Lunatic asylums Bombay report 1878-1890 - 1878-1890
Year: 1878
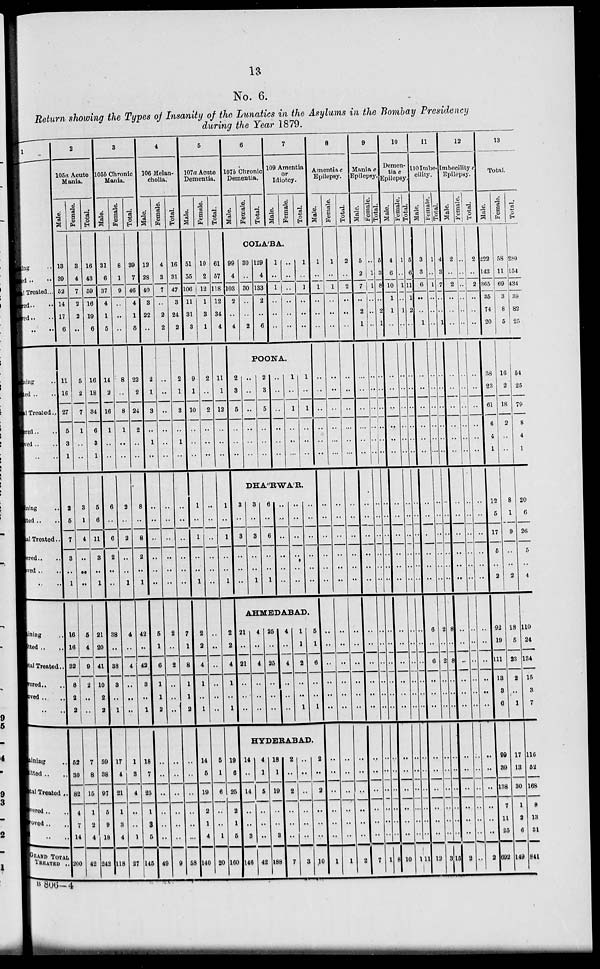
13
No. 6.
Return showing the Types of Insanity of the Lunatics in the Asylums in the Bombay Presidency
during the Year 1879.
1
ing ..
ed .. ..
Treated...
ed ..
..
ed .. ..
.. ..
ing ..
ed .. ..
Treated..
red .. ..
red .. ..
.. ..
ning ..
ted .. ..
al Treated..
ered.. ..
ved .. ..
.. ..
ining ..
Itted ..
tal Treated..
ered.. ..
ved .. ..
.. ..
ining ..
itted .. ..
tal Treated ..
vered .. ..
oved.. ..
.. ..
GRAND TOTAL
TREATED ..
2
105a Acute
Mania.
Male.
13
39
52
14
17
6
11
16
27
5
3
1
2
5
7
3
..
1
16
16
32
8
2
2
52
30
82
4
7
14
200
Female.
3
4
7
2
2
..
5
2
7
1
..
..
3
1
4
..
..
..
5
4
9
2
..
..
7
8
15
1
2
4
42
Total.
16
43
59
16
19
6
16
18
34
6
3
1
5
6
11
3
..
1
21
20
41
10
2
2
59
38
97
5
9
18
242
3
1056 Chronic
Mania.
Male.
31
6
37
4
1
5
14
2
16
1
..
..
6
..
6
2
..
..
38
..
38
3
..
1
17
4
21
1
3
4
118
Female.
8
1
9
..
..
..
8
..
8
1
..
..
2
..
2
..
..
1
4
..
4
..
..
..
1
3
4
..
..
1
27
Total.
39
7
46
4
1
5
22
2
24
2
..
..
8
..
8
2
..
1
42
..
42
3
..
1
18
7
25
1
3
5
145
4
106 Melan-
cholia.
Male.
12
28
40
3
22
..
2
1
3
..
1
..
..
..
..
..
..
..
5
1
6
1
1
2
..
..
..
..
..
..
49
Female.
4
3
7
..
2
2
..
..
..
..
..
..
..
..
..
..
..
..
2
..
2
..
..
..
..
..
..
..
..
..
9
Total.
16
31
47
3
24
2
2
1
3
..
1
..
..
..
..
..
..
..
7
1
8
1
1
2
..
..
..
..
..
...
58
5
107a Acute
Dementia.
Male.
51
55
106
11
31
3
9
1
10
..
..
..
1
..
1
..
..
1
2
2
4
1
..
1
14
5
19
2
1
4
140
Female.
10
2
12
1
3
1
2
..
2
..
..
..
..
..
..
..
..
..
..
..
..
..
..
..
5
1
6
..
..
1
20
Total.
61
57
118
12
34
4
11
1
12
..
..
..
1
..
1
..
..
1
2
2
4
1
..
1
19
6
25
2
1
5
160
6
107b Chronic
Dementia.
Male.
Female.
Total.
7
109 Amentia
or
Idiotcy.
Male.
Female.
Total.
COLA'BA.
99
4
103
2
..
4
30
..
30
..
..
2
129
4
133
2
..
6
1
..
1
..
..
..
..
..
..
..
..
..
1
..
1
..
..
..
POONA.
2
3
5
..
..
..
..
..
..
..
..
..
2
3
5
..
..
..
..
..
..
..
..
..
1
..
1
..
..
..
1
..
1
..
..
..
DHA''RWA'R.
3
..
3
..
..
..
3
..
3
..
..
1
6
..
6
..
..
1
..
..
..
..
..
..
..
..
..
..
..
..
..
..
..
..
..
..
AHMEDABAD.
21
..
21
..
..
..
4
..
4
..
..
..
25
..
25
..
..
..
4
..
4
..
..
..
1
1
2
..
..
1
5
1
6
..
..
1
HYDERABAD.
14
..
14
..
..
3
146
4
1
5
..
..
..
42
18
1
19
..
..
3
188
2
..
2
..
..
..
7
..
..
..
..
..
..
3
2
..
2
..
..
..
10
8
Amentia c
Epilepsy.
Male.
1
..
1
..
..
..
..
..
..
..
..
..
..
..
..
..
..
..
..
..
..
..
..
..
..
..
..
..
..
..
1
Female.
1
..
1
..
..
..
..
..
..
..
..
..
..
..
..
..
..
..
..
..
..
..
..
..
..
..
..
..
..
..
1
Total.
2
..
2
..
..
..
..
..
..
..
..
..
..
..
..
..
..
..
..
..
..
..
..
..
..
..
..
..
..
..
2
9
Mania c
Epilepsy.
Male.
5
2
7
..
2
1
..
..
..
..
..
..
..
..
..
..
..
..
..
..
..
..
..
..
..
..
..
..
..
..
7
Female.
..
1
1
..
..
..
..
..
..
..
..
..
..
..
..
..
..
..
..
..
..
..
..
..
..
..
..
..
..
..
1
Total.
5
3
8
..
2
1
..
..
..
..
..
..
..
..
..
..
..
..
..
..
..
..
..
..
..
..
..
..
..
..
8
10
Demen-
tia c
Epilepsy.
Male.
4
6
10
1
1
..
..
..
..
..
..
..
..
..
..
..
..
..
..
..
..
..
..
..
..
..
..
..
..
..
10
Female.
1
..
1
..
1
..
..
..
..
..
..
..
..
..
..
..
..
..
..
..
..
..
..
..
..
..
..
..
..
..
1
Total.
5
6
11
1
2
..
..
..
..
..
..
..
..
..
..
..
..
..
..
..
..
..
..
..
..
..
..
..
..
..
11
11
110 Imbe-
cility.
Male.
3
3
6
..
..
1
..
..
..
..
..
..
..
..
..
..
..
..
6
..
6
..
..
..
..
..
..
..
..
..
12
female.
1
..
1
..
..
..
..
..
..
..
..
..
..
..
..
..
..
..
2
..
2
..
..
..
..
..
..
..
..
..
3
Total.
4
3
7
..
..
1
..
..
..
..
..
..
..
..
..
..
..
..
8
..
8
..
..
..
..
..
..
..
..
..
15
12
Imbecility c
Epilepsy.
Male.
2
..
2
..
..
..
..
..
..
..
..
..
..
..
..
..
..
..
..
..
..
..
..
..
..
..
..
..
..
..
2
Female.
..
..
..
..
..
..
..
..
..
..
..
..
..
..
..
..
..
..
..
..
..
..
..
..
..
..
..
..
..
..
..
Total.
2
..
2
..
..
..
..
..
..
..
..
..
..
..
..
..
..
..
..
..
..
..
..
..
..
..
..
..
..
..
2
13
Total.
Male.
222
143
365
35
74
20
38
23
61
6
4
1
12
5
17
5
..
2
92
19
111
13
3
6
99
39
138
7
11
25
692
Female.
58
11
69
3
8
5
16
2
18
2
..
..
8
1
9
..
..
2
18
5
23
2
..
1
17
13
30
1
2
6
149
Total.
280
154
434
38
82
25
54
25
79
8
4
1
20
6
26
5
..
4
110
24
134
15
3
7
116
52
168
8
13
31
841
B 806—4